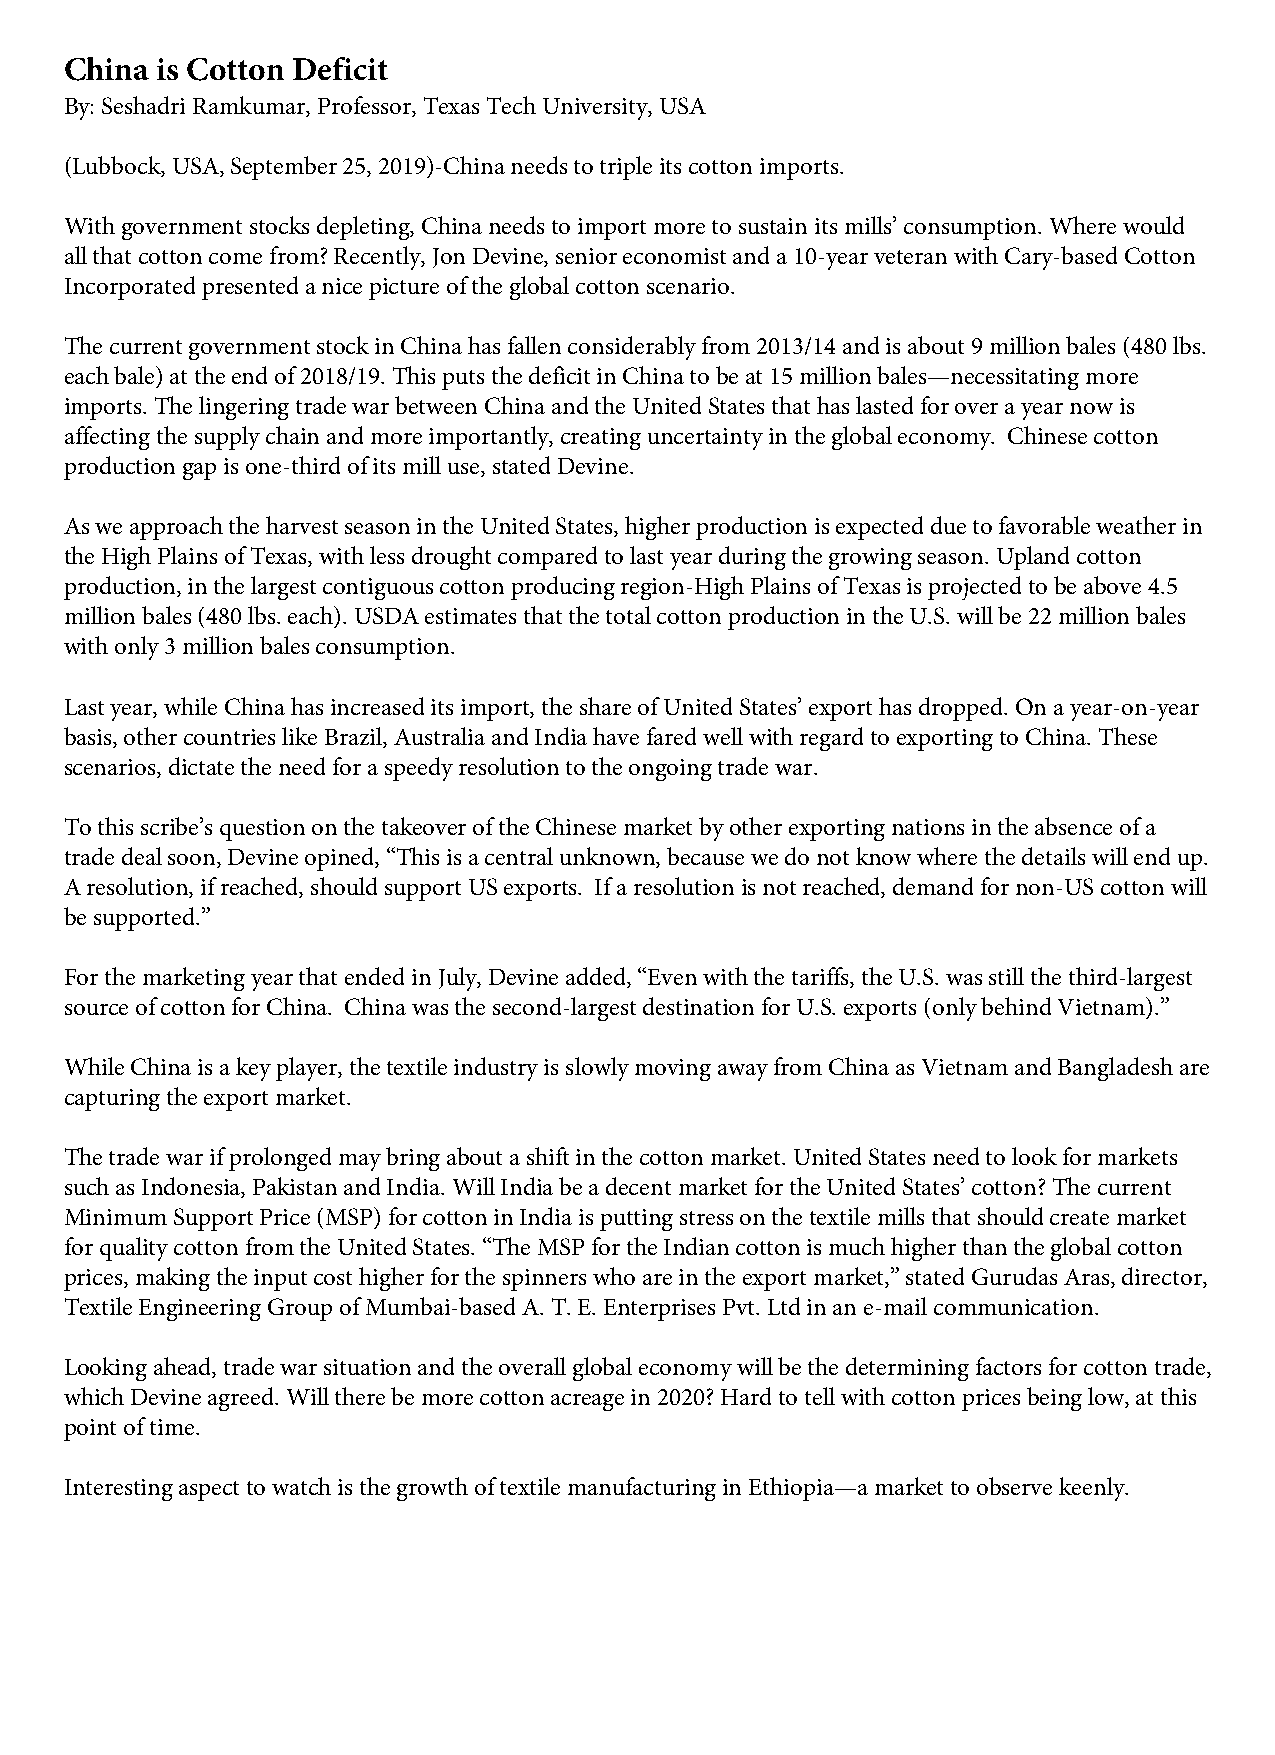
China is Cotton Deficit
 By: Seshadri Ramkumar, Professor, Texas Tech University, USA
 (Lubbock, USA, September 25, 2019)-China needs to triple its cotton imports.
 With government stocks depleting, China needs to import more to sustain its mills’ consumption. Where would
 all that cotton come from? Recently, Jon Devine, senior economist and a 10-year veteran with Cary-based Cotton
 Incorporated presented a nice picture of the global cotton scenario.
 The current government stock in China has fallen considerably from 2013/14 and is about 9 million bales (480 lbs.
 each bale) at the end of 2018/19. This puts the deficit in China to be at 15 million bales—necessitating more
 imports. The lingering trade war between China and the United States that has lasted for over a year now is
 affecting the supply chain and more importantly, creating uncertainty in the global economy. Chinese cotton
 production gap is one-third of its mill use, stated Devine.
 As we approach the harvest season in the United States, higher production is expected due to favorable weather in
 the High Plains of Texas, with less drought compared to last year during the growing season. Upland cotton
 production, in the largest contiguous cotton producing region-High Plains of Texas is projected to be above 4.5
 million bales (480 lbs. each). USDA estimates that the total cotton production in the U.S. will be 22 million bales
 with only 3 million bales consumption.
 Last year, while China has increased its import, the share of United States’ export has dropped. On a year-on-year
 basis, other countries like Brazil, Australia and India have fared well with regard to exporting to China. These
 scenarios, dictate the need for a speedy resolution to the ongoing trade war.
 To this scribe’s question on the takeover of the Chinese market by other exporting nations in the absence of a
 trade deal soon, Devine opined, “This is a central unknown, because we do not know where the details will end up.
 A resolution, if reached, should support US exports. If a resolution is not reached, demand for non-US cotton will
 be supported.”
 For the marketing year that ended in July, Devine added, “Even with the tariffs, the U.S. was still the third-largest
 source of cotton for China. China was the second-largest destination for U.S. exports (only behind Vietnam).”
 While China is a key player, the textile industry is slowly moving away from China as Vietnam and Bangladesh are
 capturing the export market.
 The trade war if prolonged may bring about a shift in the cotton market. United States need to look for markets
 such as Indonesia, Pakistan and India. Will India be a decent market for the United States’ cotton? The current
 Minimum Support Price (MSP) for cotton in India is putting stress on the textile mills that should create market
 for quality cotton from the United States. “The MSP for the Indian cotton is much higher than the global cotton
 prices, making the input cost higher for the spinners who are in the export market,” stated Gurudas Aras, director,
 Textile Engineering Group of Mumbai-based A. T. E. Enterprises Pvt. Ltd in an e-mail communication.
 Looking ahead, trade war situation and the overall global economy will be the determining factors for cotton trade,
 which Devine agreed. Will there be more cotton acreage in 2020? Hard to tell with cotton prices being low, at this
 point of time.
 Interesting aspect to watch is the growth of textile manufacturing in Ethiopia—a market to observe keenly.